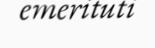
emerituti